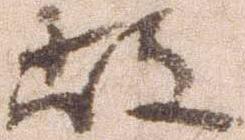
故